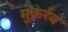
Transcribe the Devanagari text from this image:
मुक़र्रब